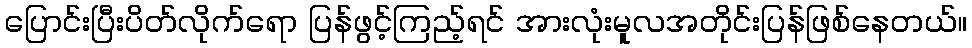
ပြောင်းပြီးပိတ်လိုက်ရော ပြန်ဖွင့်ကြည့်ရင် အားလုံးမူလအတိုင်းပြန်ဖြစ်နေတယ်။